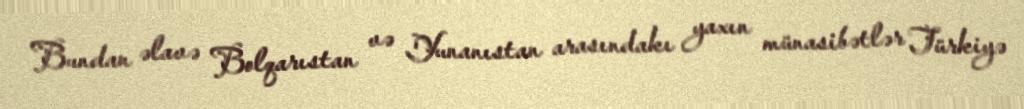
Bundan əlavə Bolqarıstan və Yunanıstan arasındakı yaxın münasibətlər Türkiyə